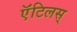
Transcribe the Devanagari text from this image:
ऍंटिलस्‌